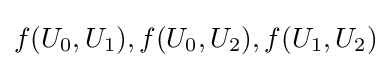
f(U_{0},U_{1}),f(U_{0},U_{2}),f(U_{1},U_{2})